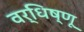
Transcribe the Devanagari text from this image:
वर्धिष्णू